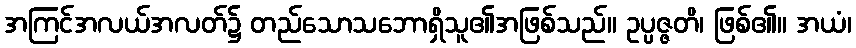
အကြင်အလယ်အလတ်၌ တည်သောသဘောရှိသူ၏အဖြစ်သည်။ ဥပ္ပဇ္ဇတိ၊ ဖြစ်၏။ အယံ၊